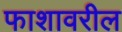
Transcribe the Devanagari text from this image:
फाशावरील